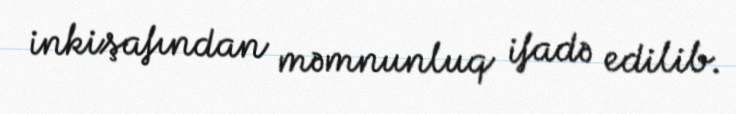
inkişafından məmnunluq ifadə edilib.